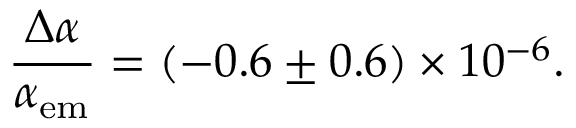
{ \frac { \Delta \alpha } { \alpha _ { \mathrm { e m } } } } = \left( - 0 . 6 \pm 0 . 6 \right) \times 1 0 ^ { - 6 } .